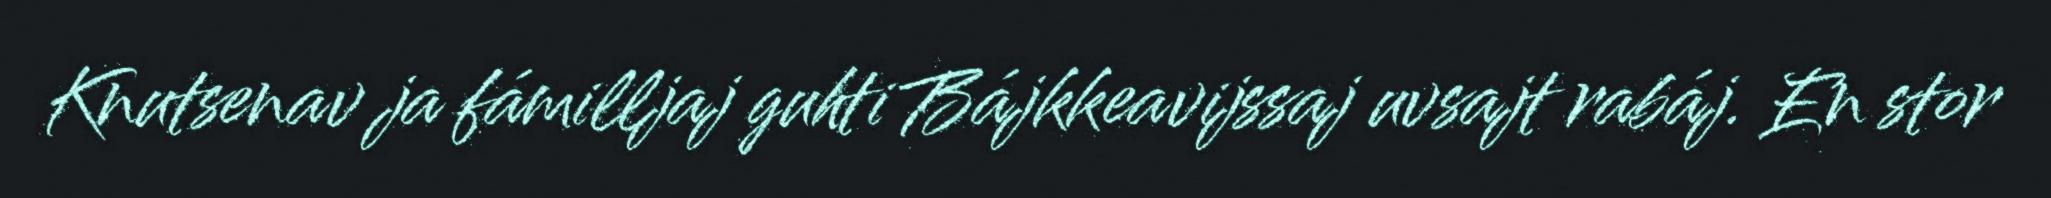
Knutsenav ja fámilljaj guhti Bájkkeavijssaj uvsajt rabáj. En stor